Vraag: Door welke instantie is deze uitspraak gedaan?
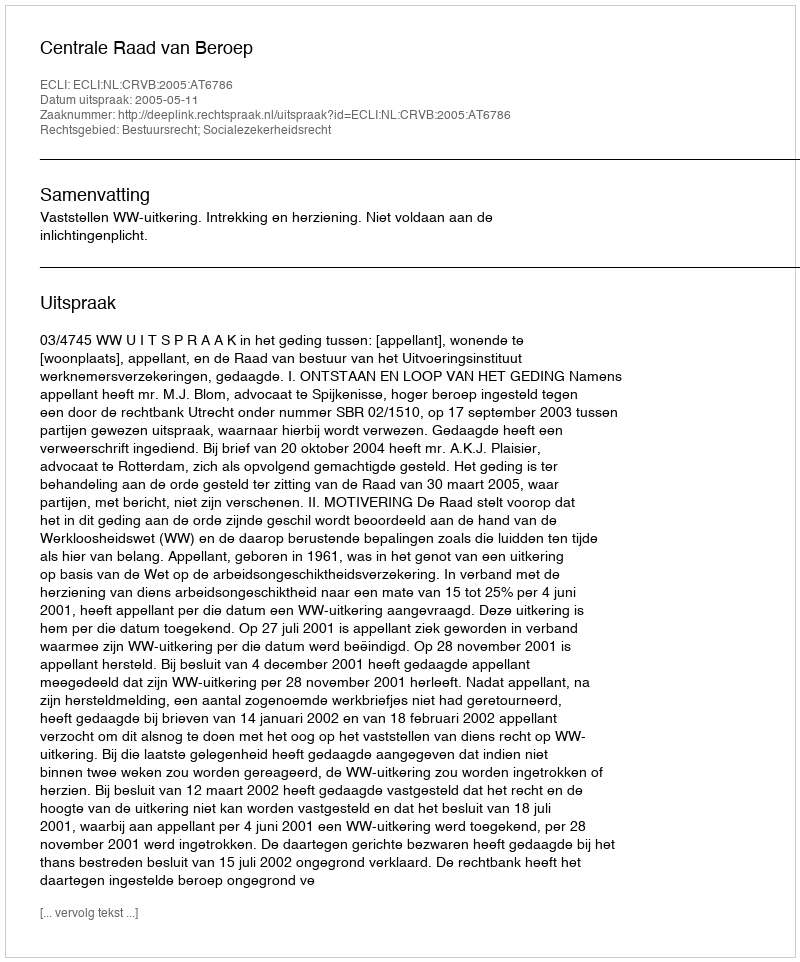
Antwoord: Centrale Raad van Beroep